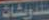
سندويشات